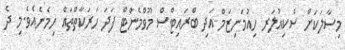
މިސާލަކަށް ސެކިއުލަރ ހިއުމަނިޒަމް އަދި ބްރައިޓްސް މޫވްމެންޓް ފަދަ ހަރަކާތްތައް ހިމެނެއެވެ.މި ދެ